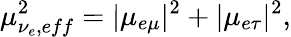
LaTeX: \mu_{\nu_{e},eff}^{2}=|{\mu}_{e\mu}|^{2}+|{\mu}_{e\tau}|^{2},